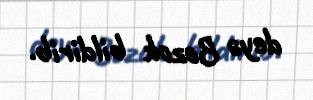
deyə Bozok bildirib.